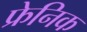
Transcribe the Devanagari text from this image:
फ्रेनिक